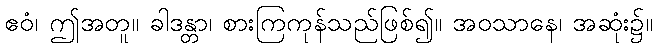
ဧဝံ၊ ဤအတူ။ ခါဒန္တာ၊ စားကြကုန်သည်ဖြစ်၍။ အဝသာနေ၊ အဆုံး၌။